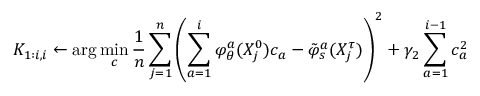
K _ { 1 : i , i } \gets \arg \operatorname* { m i n } _ { c } \frac { 1 } { n } \sum _ { j = 1 } ^ { n } \left( \sum _ { a = 1 } ^ { i } \varphi _ { \theta } ^ { a } ( X _ { j } ^ { 0 } ) c _ { a } - \tilde { \varphi } _ { s } ^ { a } ( X _ { j } ^ { \tau } ) \right) ^ { 2 } + \gamma _ { 2 } \sum _ { a = 1 } ^ { i - 1 } c _ { a } ^ { 2 }